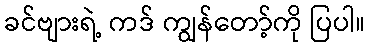
ခင်ဗျားရဲ့ ကဒ် ကျွန်တော့်ကို ပြပါ။